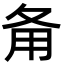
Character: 𤰅